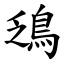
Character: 鴔